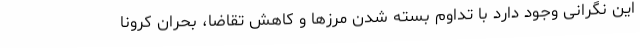
این نگرانی وجود دارد با تداوم بسته شدن مرزها و کاهش تقاضا، بحران کرونا